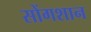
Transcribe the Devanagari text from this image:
सोंगशान